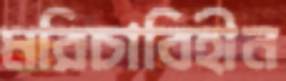
মরিচাবিহীন